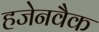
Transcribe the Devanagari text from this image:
हजेनवैक